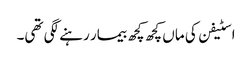
اسٹیفن کی ماں کچھ کچھ بیمار رہنے لگی تھی۔